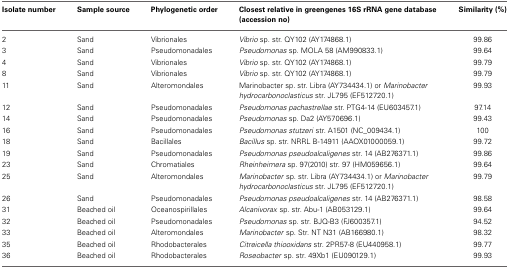
<table><thead><tr><td><b>Isolate number</b></td><td><b>Sample source</b></td><td><b>Phylogenetic order</b></td><td><b>Closest relative in greengenes 16S rRNA gene database (accession no)</b></td><td><b>Similarity (%)</b></td></tr></thead><tbody><tr><td>2</td><td>Sand</td><td>Vibrionales</td><td><i>Vibrio</i> sp. str. QY102 (AY174868.1)</td><td>99.86</td></tr><tr><td>3</td><td>Sand</td><td>Pseudomonadales</td><td><i>Pseudomonas</i> sp. MOLA 58 (AM990833.1)</td><td>99.64</td></tr><tr><td>4</td><td>Sand</td><td>Vibrionales</td><td><i>Vibrio</i> sp. str. QY102 (AY174868.1)</td><td>99.79</td></tr><tr><td>8</td><td>Sand</td><td>Vibrionales</td><td><i>Vibrio</i> sp. str. QY102 (AY174868.1)</td><td>99.79</td></tr><tr><td>11</td><td>Sand</td><td>Alteromondales</td><td>Marinobacter sp. str. Libra (AY734434.1) or <i>Marinobacter hydrocarbonoclasticus</i> str. JL795 (EF512720.1)</td><td>99.93</td></tr><tr><td>12</td><td>Sand</td><td>Pseudomonadales</td><td><i>Pseudomonas pachastrellae</i> str. PTG4-14 (EU603457.1)</td><td>97.14</td></tr><tr><td>14</td><td>Sand</td><td>Pseudomonadales</td><td><i>Pseudomonas</i> sp. Da2 (AY570696.1)</td><td>99.43</td></tr><tr><td>16</td><td>Sand</td><td>Pseudomonadales</td><td><i>Pseudomonas stutzeri</i> str. A1501 (NC_009434.1)</td><td>100</td></tr><tr><td>18</td><td>Sand</td><td>Bacillales</td><td><i>Bacillus</i> sp. str. NRRL B-14911 (AAOX01000059.1)</td><td>99.72</td></tr><tr><td>19</td><td>Sand</td><td>Pseudomonadales</td><td><i>Pseudomonas pseudoalcaligenes</i> str. 14 (AB276371.1)</td><td>99.86</td></tr><tr><td>23</td><td>Sand</td><td>Chromatiales</td><td><i>Rheinheimera</i> sp. 97(2010) str. 97 (HM059656.1)</td><td>99.64</td></tr><tr><td>25</td><td>Sand</td><td>Alteromondales</td><td><i>Marinobacter</i> sp. str. Libra (AY734434.1) or <i>Marinobacter hydrocarbonoclasticus</i> str. JL795 (EF512720.1)</td><td>99.79</td></tr><tr><td>26</td><td>Sand</td><td>Pseudomonadales</td><td><i>Pseudomonas pseudoalcaligenes</i> str. 14 (AB276371.1)</td><td>98.58</td></tr><tr><td>31</td><td>Beached oil</td><td>Oceanospirillales</td><td><i>Alcanivorax</i> sp. str. Abu-1 (AB053129.1)</td><td>99.64</td></tr><tr><td>32</td><td>Beached oil</td><td>Pseudomonadales</td><td><i>Pseudomonas</i> sp. str. BJQ-B3 (FJ600357.1)</td><td>94.52</td></tr><tr><td>33</td><td>Beached oil</td><td>Alteromondales</td><td><i>Marinobacter</i> sp. Str. NT N31 (AB166980.1)</td><td>98.32</td></tr><tr><td>35</td><td>Beached oil</td><td>Rhodobacterales</td><td><i>Citreicella thiooxidans</i> str. 2PR57-8 (EU440958.1)</td><td>99.77</td></tr><tr><td>36</td><td>Beached oil</td><td>Rhodobacterales</td><td><i>Roseobacter</i> sp. str. 49Xb1 (EU090129.1)</td><td>99.93</td></tr></tbody></table>